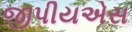
જીપીયએસ